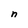
Character: n